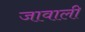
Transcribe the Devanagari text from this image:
जावाली